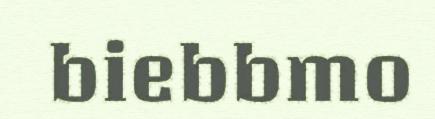
biebbmo